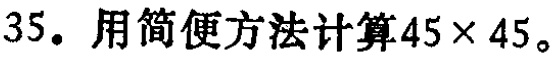
35. 用简便方法计算\(45\times 45\)。